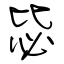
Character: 毖